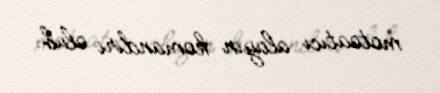
motoatıcı alayın komandiri olub.